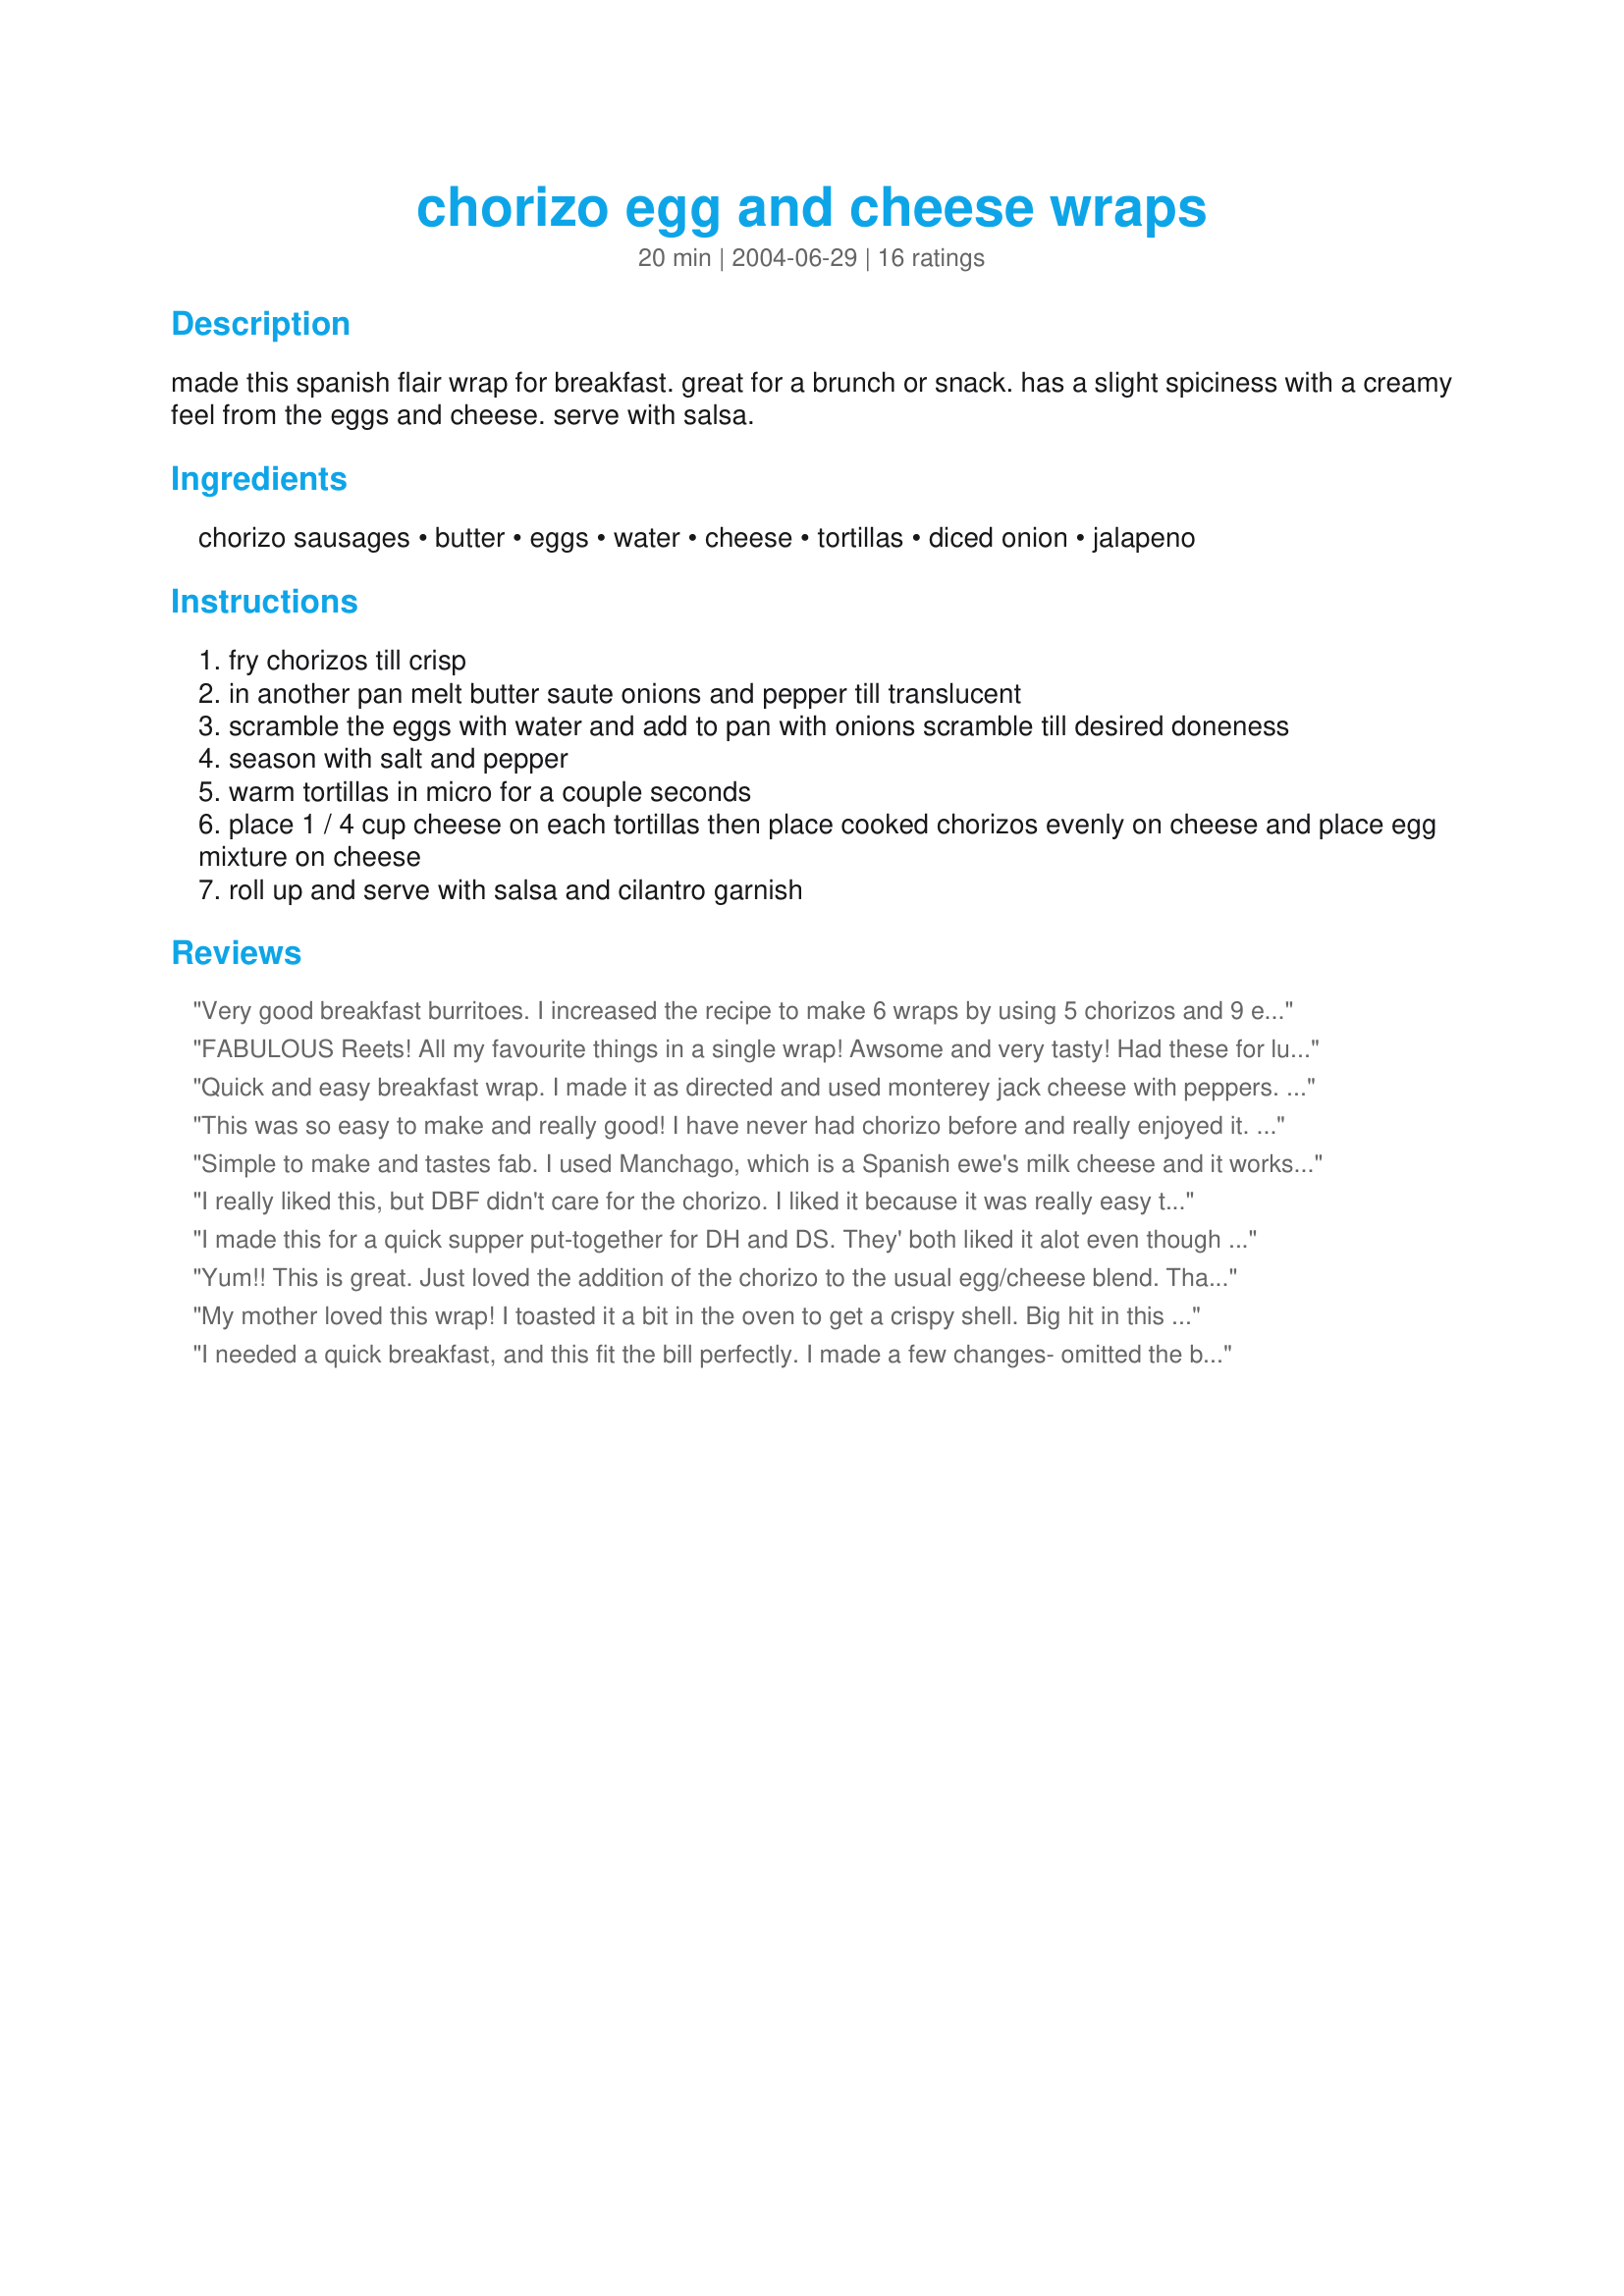
chorizo egg and cheese wraps
Preparation time: 20 minutes

made this spanish flair wrap for breakfast. great for a brunch or snack. has a slight spiciness with a creamy feel from the eggs and cheese. serve with salsa.

Ingredients:
chorizo sausages, butter, eggs, water, cheese, tortillas, diced onion, jalapeno

Steps:
fry chorizos till crisp
in another pan melt butter saute onions and pepper till translucent
scramble the eggs with water and add to pan with onions scramble till desired doneness
season with salt and pepper
warm tortillas in micro for a couple seconds
place 1 / 4 cup cheese on each tortillas then place cooked chorizos evenly on cheese and place egg mixture on cheese
roll up and serve with salsa and cilantro garnish

Reviews:
Very good breakfast burritoes. I increased the recipe to make 6 wraps by using 5 chorizos and 9 eggs. I also used a green chili pepper in place of the jalapeno without any problems. Thanks for sharing!
FABULOUS Reets! All my favourite things in a single wrap! Awsome and very tasty! Had these for lunch today, and they really hit the Spanish Tapas Spot! Made for ZWT5. FT:-)
Quick and easy breakfast wrap. I made it as directed and used monterey jack cheese with peppers. Yummy! Thanks Rita.
This was so easy to make and really good! I have never had chorizo before and really enjoyed it. I love ZWT it makes me broaden my horizons!!! My DH says this is a definite remake so I will be making this again! Thanks for posting, Rita! Made for ZWT5
Simple to make and tastes fab. I used Manchago, which is a Spanish ewe's milk cheese and it works beautifully.
I really liked this, but DBF didn't care for the chorizo. I liked it because it was really easy to put together while DBF was in the shower and gave me a ton of protein, which I need after the gym. I will probably make this again using a different sausage so that DBF will eat his breakfast. Thanks Rita!
I made this for a quick supper put-together for DH and DS. They' both liked it alot even though the chorizo is a bit spicy. That's why I made it for an evening appy as opposed for brekky. I think this would be great using regular sausage too. Tried tagging this in the BevyTag forum, but never got a chance. Decided to make anyway. Thanks Rita~
Yum!! This is great. Just loved the addition of the chorizo to the usual egg/cheese blend. Thanks for sharing! ZWT8
My mother loved this wrap! I toasted it a bit in the oven to get a crispy shell. Big hit in this house! Made for ZWT 3!
UPDATE: I made these then put extras in the freezer, and took them out and nuked them until piping hot and had a great lunch today! Great recipe for OAMC too!
I needed a quick breakfast, and this fit the bill perfectly. I made a few changes- omitted the butter, and just used the residual fat from the chorizo to saute the onion and pepper; used orange sweet pepper instead of jalepeno. Since a type of cheese wasn't specified, I used some grated Manchego to continue the Spanish theme. A great breakfast, thanks so much for sharing! Made for ZWT8
We had this for a quick lunch and really loved it. I will be making this again in the future.
Made a great breakfast. I cut the recipe in half and used homemade chorizo with egg substitute. Instead of the jalapeno, I used chopped green chili. Thanks for sharing this recipe.
made for 1 love this combo zaar world tour 8 dog gone stars any way this was good wont let me put stars on
This was a nice international spin on something I make often for my own lunch. The Spanish style chorizo is soooo different from Mexican (which is not hard enough to "slice"). Thank for posting. Made for ZWT5, for the Groovy GastroGnomes.
Yummy - I love breakfast wraps. Everything about this was good. For the cheese, I used a 1/2 cup of Manchego, for its full flavour, and 1/2 cup mozz for its 'string' factor (always important to me). Now I want another....
What a fabulous recipe... The flavors just *burst* in your mouth! 

I used egg substitute, as well as, scallions and 3 different types of peppers (1 jalapeno, 1 pablano and 1 green chili) then added some chopped cilantro to the wrap for a bit of freshness. 

Had 2 left over and froze them for lunch or breakfast durning the week. 

Thank you for this wonderful receipe!
